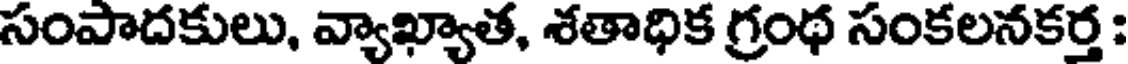
సంపాదకులు, వ్యాఖ్యాత, శతాధిక గ్రంథ సంకలనకర్త